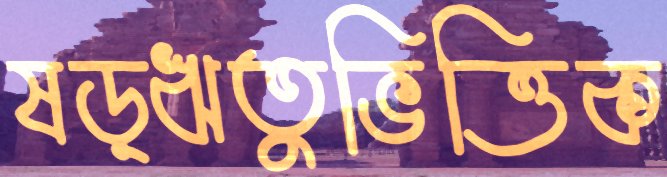
ষড়্ঋতুভিত্তিক